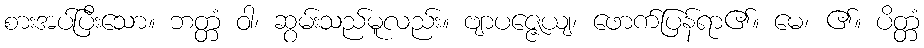
စားအပ်ပြီးသော။ ဘတ္တံ ဝါ၊ ဆွမ်းသည်မူလည်း။ ဗျာပဇ္ဇေယျ၊ ဖောက်ပြန်ရာ၏။ မေ၊ ၏။ ပိတ္တံ